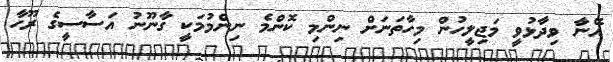
އޭނާ ވިދާޅުވީ މަޖިލީހުން މިހާތަނަށް ނިންމި ކޮންމެ ނިންމުމަކީ ގާނޫނު އަސާސީގެ ރޫހާ